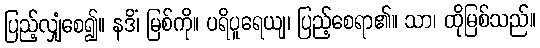
ပြည့်လျှံစေ၍။ နဒိံ၊ မြစ်ကို။ ပရိပူရေယျ၊ ပြည့်စေရာ၏။ သာ၊ ထိုမြစ်သည်။